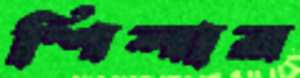
শিলার